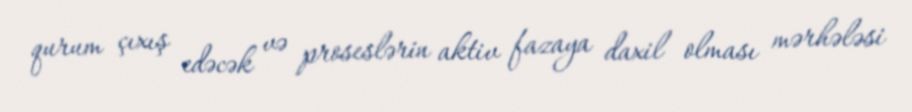
qurum çıxış edəcək və proseslərin aktiv fazaya daxil olması mərhələsi